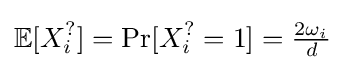
\mathbb {E} [X_{i}^{?}]=\Pr[X_{i}^{?}=1]={\tfrac {2\omega _{i}}{d}}